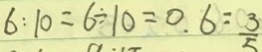
6 : 1 0 = 6 \div 1 0 = 0 . 6 = \frac { 3 } { 5 }